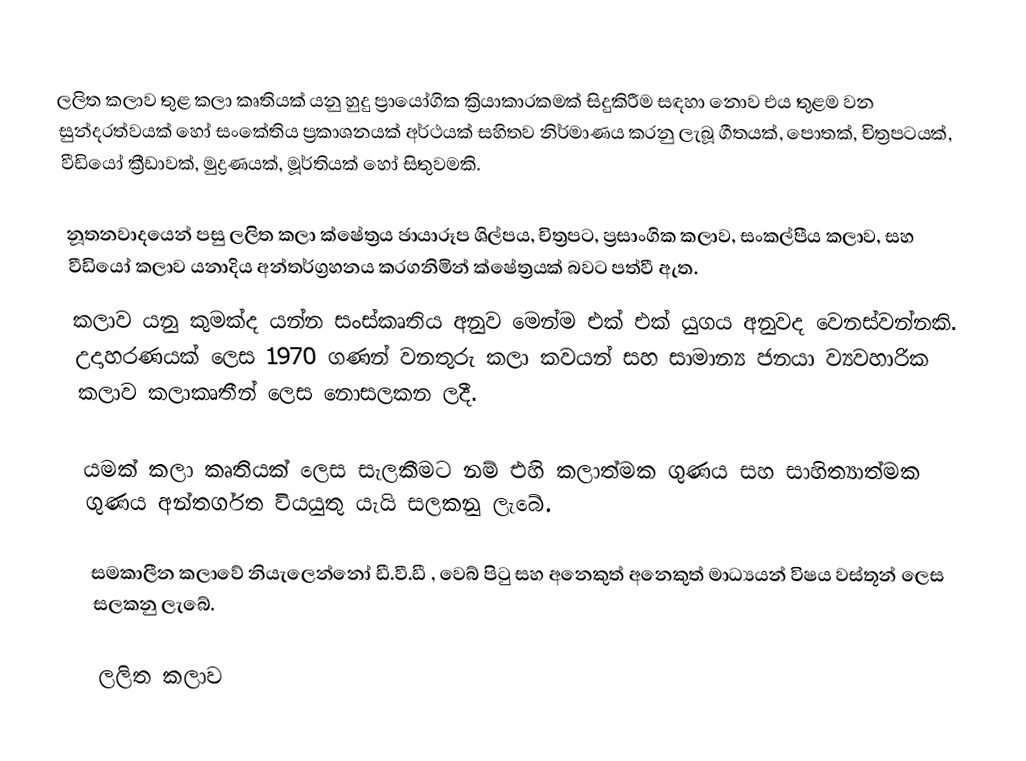
ලලිත කලාව තුළ කලා කෘතියක් යනු හුදු ප්‍රායෝගික ක්‍රියාකාරකමක් සිදුකිරීම සඳහා නොව එය තුළම වන සුන්දරත්වයක් හෝ සංකේතිය ප්‍රකාශනයක් අර්ථයක් සහිතව නිර්මාණය කරනු ලැබූ ගීතයක්, පොතක්, චිත්‍රපටයක්, වීඩියෝ ක්‍රීඩාවක්, මුද්‍රණයක්, මූර්තියක් හෝ සිතුවමකි.

නූතනවාදයෙන් පසු ලලිත කලා ක්ෂේත්‍රය ඡායාරූප ශිල්පය, චිත්‍රපට, ප්‍රසාංගික කලාව, සංකල්පීය කලාව, සහ වීඩියෝ කලාව යනාදිය අන්තර්ග්‍රහනය කරගනිමින් ක්ෂේත්‍රයක් බවට පත්වී ඇත.
කලාව යනු කුමක්ද යන්න සංස්කෘතිය අනුව මෙන්ම එක් එක් යුගය අනුවද වෙනස්වන්නකි. උදාහරණයක් ලෙස 1970 ගණන් වනතුරු කලා කවයන් සහ සාමාන්‍ය ජනයා ව්‍යවහාරික කලාව කලාකෘතීන් ලෙස නොසලකන ලදී.

යමක් කලා කෘතියක් ලෙස සැලකීමට නම් එහි කලාත්මක ගුණය සහ සාහිත්‍යාත්මක ගුණය අන්තර්ගත වියයුතු යැයි සලකනු ලැබේ.

සමකාලීන කලාවේ නියැලෙන්නෝ ඩී.වී.ඩී , වෙබ් පිටු සහ අනෙකුත් අනෙකුත් මාධ්‍යයන් විෂය වස්තූන් ලෙස සලකනු ලැබේ.

ලලිත කලාව